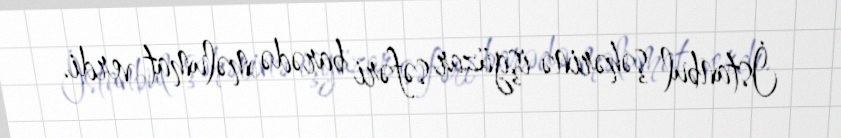
İstanbul şəhərinə işgüzar səfəri barədə məlumat verdi.